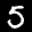
Label: 5